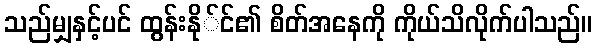
သည်မျှနှင့်ပင် ထွန်းနို်င်၏ စိတ်အနေကို ကိုယ်သိလိုက်ပါသည်။